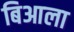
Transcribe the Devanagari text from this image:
बिआला